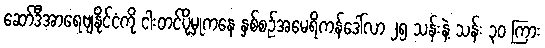
ဆော်ဒီအာရေဗျနိုင်ငံကို ငါးတင်ပို့မှုကနေ နှစ်စဉ်အမေရိကန်ဒေါ်လာ ၂၅ သန်းနဲ့ သန်း ၃ဝ ကြား